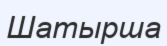
Шатырша